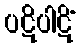
ပဋိပါဋိံ